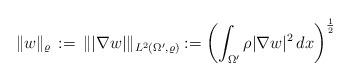
LaTeX: \begin{align*}\|w\|_\varrho\,:=\,\||\nabla w|\|_{L^2(\Omega',\varrho)}:=\left(\int_{\Omega'}\rho |\nabla w|^2\, dx \right)^{\frac 12}\,\end{align*}